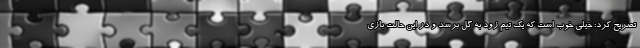
تصریح کرد: خیلی خوب است که یک تیم زود به گل برسد و در این حالت بازی